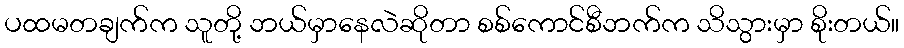
ပထမတချက်က သူတို့ ဘယ်မှာနေလဲဆိုတာ စစ်ကောင်စီဘက်က သိသွားမှာ စိုးတယ်။